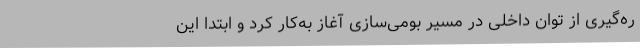
ره‌گیری از توان داخلی در مسیر بومی‌سازی آغاز به‌کار کرد و ابتدا این